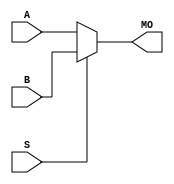
module cycloneii_b17mux21 (MO, A, B, S);
   input [16:0] A, B;
   input 	S;
   output [16:0] MO; 
   assign MO = (S == 1) ? B : A; 
endmodule